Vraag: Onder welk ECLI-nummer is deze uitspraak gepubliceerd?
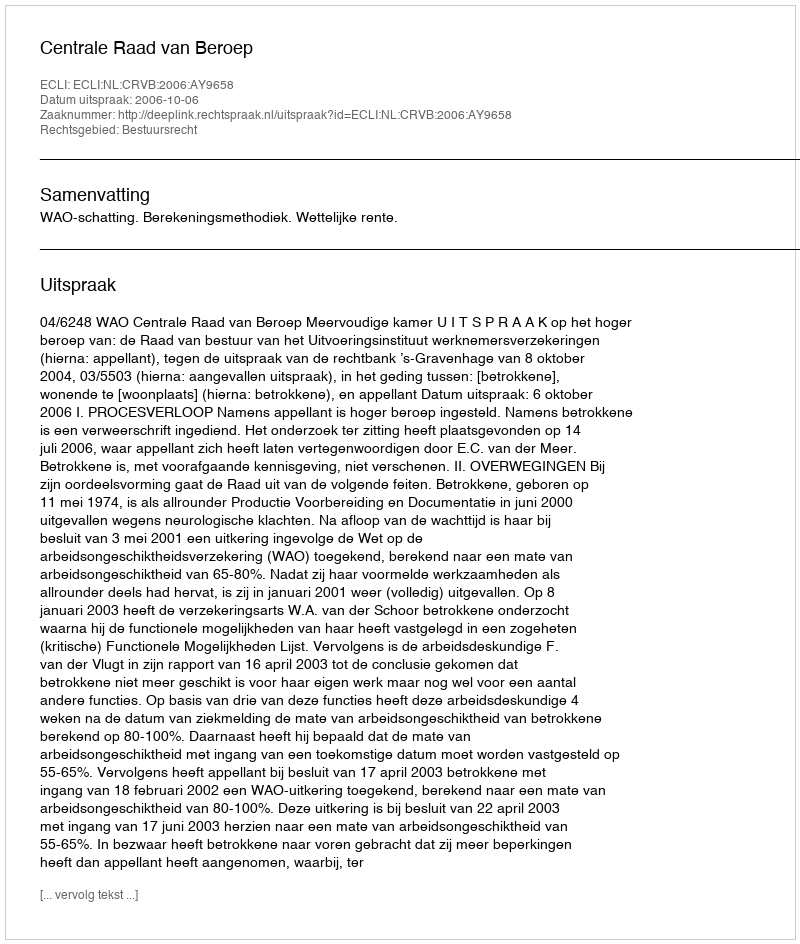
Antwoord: ECLI:NL:CRVB:2006:AY9658